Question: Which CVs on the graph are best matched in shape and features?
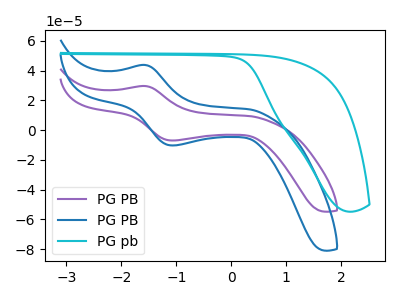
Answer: <think>The purple curve "PG PB" has an anodic peak at (-1.55V, 29.55uA) and a cathodic peak at (-1.05V, -7.00uA). The blue curve "PG PB" has an anodic peak at (-1.55V, 43.70uA) and a cathodic peak at (-1.05V, -10.30uA). The cyan curve "PG pb" has no peaks.
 All the peaks in "PG PB" have a peak in "PG PB" at the same potential. Every peak in "PG PB" is lower than every peak in "PG PB". "PG PB" and "PG pb" have a different number of peaks. "PG PB" and "PG pb" have a different number of peaks.</think>
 <answer>"PG PB" and "PG PB" have the same shape and are likely CV's of the same chemical.</answer>
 <eval>"PG PB" "PG PB"</eval>